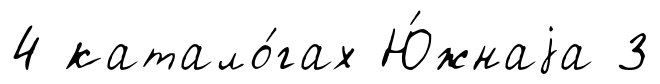
4 катало́гах Ю́жнаjа 3